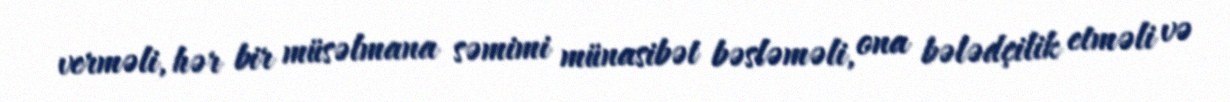
verməli, hər bir müsəlmana səmimi münasibət bəsləməli, ona bələdçilik etməli və